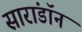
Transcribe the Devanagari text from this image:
सारांडॉन